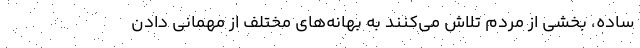
ساده، بخشی از مردم تلاش می‌کنند به بهانه‌های مختلف از مهمانی دادن